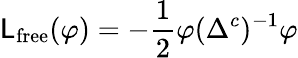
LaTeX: \mathsf{L}_{\mathrm{{free}}}(\varphi)=-{\frac{{1}}{{2}}}\varphi(\Delta^{c})^{-1}\varphi